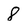
Character: 8